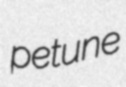
petune